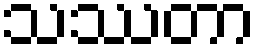
သဿတာ